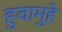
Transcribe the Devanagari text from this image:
हुवामुहे